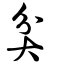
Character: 弅